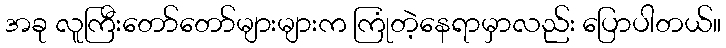
အခု လူကြီးတော်တော်များများက ကြုံတဲ့နေရာမှာလည်း ပြောပါတယ်။